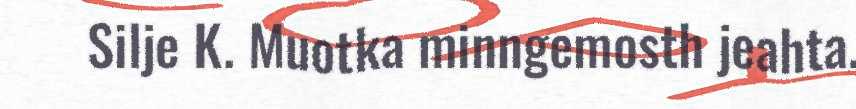
Silje K. Muotka minngemosth jeahta.